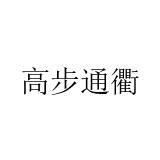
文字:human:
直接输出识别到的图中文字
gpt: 高步通衢